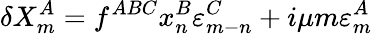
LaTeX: \delta X_{m}^{A}=f^{ABC}x_{n}^{B}\varepsilon_{m-n}^{C}+i\mu m\varepsilon_{m}^{A}